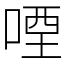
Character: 㖶